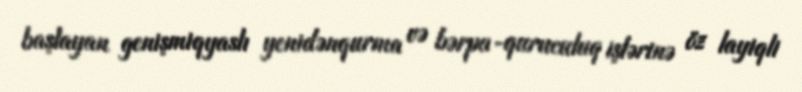
başlayan genişmiqyaslı yenidənqurma və bərpa-quruculuq işlərinə öz layiqli